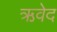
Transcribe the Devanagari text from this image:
ऋवेद